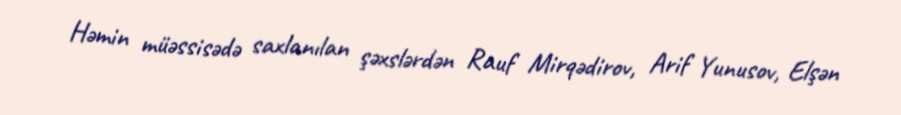
Həmin müəssisədə saxlanılan şəxslərdən Rauf Mirqədirov, Arif Yunusov, Elşən